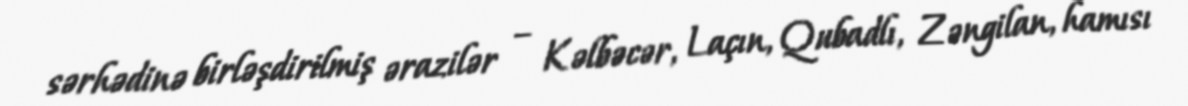
sərhədinə birləşdirilmiş ərazilər – Kəlbəcər, Laçın, Qubadlı, Zəngilan, hamısı